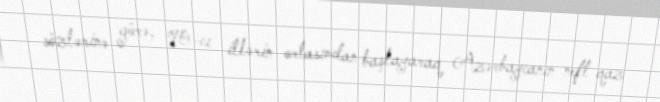
sözlərinə görə, 90-cı illərin ortasından başlayaraq Azərbaycanın neft-qaz